Vaccination in Burma 1920-1933 - 1920-1933
Year: 1920
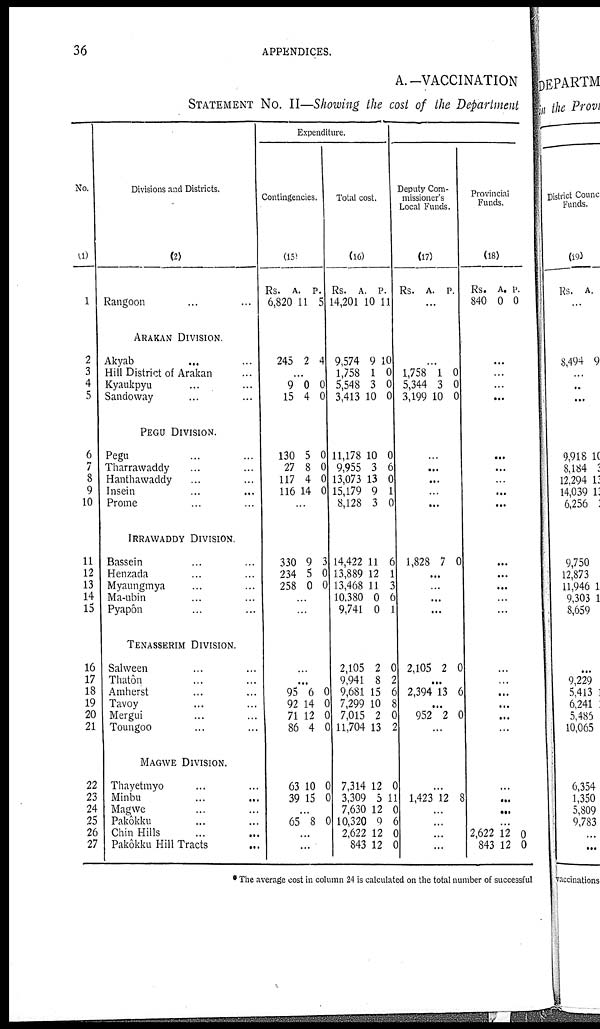
36
APPENDICES.
A.—VACCINATION
STATEMENT No. II—Showing the cost of the Department
No.
(1)
1
2
3
4
5
6
7
8
9
10
11
12
13
14
15
16
17
18
19
20
21
22
23
24
25
26
27
Divisions and Districts.
(2)
Rangoon... ...
ARAKAN DIVISION.
Akyab ... ...
Hill District of Arakan...
Kyaukpyu... ...
Sandoway... ...
PEGU DIVISION.
Pegu... ...
Tharrawaddy...
Hanthawaddy... ...
Insein... ...
Prome... ...
IRRAWADDY DIVISION.
Bassein... ...
Henzada... ...
Myaungmya... ...
Ma-ubin...
Pyapôn... ...
TENASSERIM DIVISION.
Salween... ...
Thatôn... ...
Amherst... ...
Tavoy... ...
Mergui... ...
Toungoo... ...
MAGWE DIVISION.
Thayetmyo... ...
Minbu... ...
Magwe... ...
Pakôkku... ...
Chin Hills... ...
Pakôkku Hill Tracts...
Expenditure.
Contingencies.
(15)
Rs.
6,820
A.
11
P.
5
245 2 4
...
9
15
0
4
0
0
130
27
117
116
5
8
4
14
0
0
0
0
...
330
234
258
9
5
0
3
0
0
...
...
...
...
95
92
71
86
6
14
12
4
0
0
0
0
63
35
10
15
0
0
...
65 8 0
...
...
Total cost.
(16)
Rs.
14,201
A.
10
P.
11
9,574
1,758
5,548
3,413
9
1
3
10
10
0
0
0
11,178
9,955
13,073
15,179
8,128
10
3
13
9
3
0
6
0
1
0
14,422
13,889
13,468
10,380
9,741
11
12
11
0
0
6
1
3
6
1
2,105
9,941
9,681
7,299
7,015
11,704
2
8
15
10
2
13
0
2
6
8
0
2
7,314
3,309
7,630
10,320
2,622
843
12
5
12
9
12
12
0
1 1
0
6
0
0
Deputy Com-
missioner's
Local Funds.
(17)
Rs.
A.
P.
...
...
1,758
5,344
3,199
1
3
10
0
0
0
...
...
...
...
...
1,828 7 0
...
...
...
...
2,105 2 0
...
2,394 13 6
...
952 2 0
...
...
1,423 12 8
...
...
...
...
Provincial
Funds.
(18)
Rs.
840
A.
0
P.
0
...
...
...
...
...
...
...
...
...
...
...
...
...
...
...
...
...
...
...
...
...
...
...
...
2,622
843
12
12
0
0
* The average cost in column 24 is calculated on the total number of successful